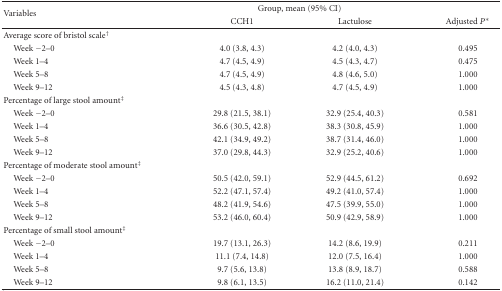
<table><thead><tr><td rowspan="2"><b>Variables</b></td><td colspan="2"><b>Group, mean (95% CI)</b></td><td>[EMPTY_CELL]</td></tr><tr><td><b>CCH1</b></td><td><b>Lactulose</b></td><td><b>Adjusted <i>P</i>*</b></td></tr></thead><tbody><tr><td>Average score of bristol scale<sup>†</sup></td><td>[EMPTY_CELL]</td><td>[EMPTY_CELL]</td><td>[EMPTY_CELL]</td></tr><tr><td> Week −2–0</td><td>4.0 (3.8, 4.3)</td><td>4.2 (4.0, 4.3)</td><td>0.495</td></tr><tr><td> Week 1–4</td><td>4.7 (4.5, 4.9)</td><td>4.5 (4.3, 4.7)</td><td>0.475</td></tr><tr><td> Week 5–8</td><td>4.7 (4.5, 4.9)</td><td>4.8 (4.6, 5.0)</td><td>1.000</td></tr><tr><td> Week 9–12</td><td>4.5 (4.3, 4.8)</td><td>4.7 (4.5, 4.9)</td><td>1.000</td></tr><tr><td>Percentage of large stool amount<sup>‡</sup></td><td>[EMPTY_CELL]</td><td>[EMPTY_CELL]</td><td>[EMPTY_CELL]</td></tr><tr><td> Week −2–0</td><td>29.8 (21.5, 38.1)</td><td>32.9 (25.4, 40.3)</td><td>0.581</td></tr><tr><td> Week 1–4</td><td>36.6 (30.5, 42.8)</td><td>38.3 (30.8, 45.9)</td><td>1.000</td></tr><tr><td> Week 5–8</td><td>42.1 (34.9, 49.2)</td><td>38.7 (31.4, 46.0)</td><td>1.000</td></tr><tr><td> Week 9–12</td><td>37.0 (29.8, 44.3)</td><td>32.9 (25.2, 40.6)</td><td>1.000</td></tr><tr><td>Percentage of moderate stool amount<sup>‡</sup></td><td>[EMPTY_CELL]</td><td>[EMPTY_CELL]</td><td>[EMPTY_CELL]</td></tr><tr><td> Week −2–0</td><td>50.5 (42.0, 59.1)</td><td>52.9 (44.5, 61.2)</td><td>0.692</td></tr><tr><td> Week 1–4</td><td>52.2 (47.1, 57.4)</td><td>49.2 (41.0, 57.4)</td><td>1.000</td></tr><tr><td> Week 5–8</td><td>48.2 (41.9, 54.6)</td><td>47.5 (39.9, 55.0)</td><td>1.000</td></tr><tr><td> Week 9–12</td><td>53.2 (46.0, 60.4)</td><td>50.9 (42.9, 58.9)</td><td>1.000</td></tr><tr><td>Percentage of small stool amount<sup>‡</sup></td><td>[EMPTY_CELL]</td><td>[EMPTY_CELL]</td><td>[EMPTY_CELL]</td></tr><tr><td> Week −2–0</td><td>19.7 (13.1, 26.3)</td><td>14.2 (8.6, 19.9)</td><td>0.211</td></tr><tr><td> Week 1–4</td><td>11.1 (7.4, 14.8)</td><td>12.0 (7.5, 16.4)</td><td>1.000</td></tr><tr><td> Week 5–8</td><td>9.7 (5.6, 13.8)</td><td>13.8 (8.9, 18.7)</td><td>0.588</td></tr><tr><td> Week 9–12</td><td>9.8 (6.1, 13.5)</td><td>16.2 (11.0, 21.4)</td><td>0.142</td></tr></tbody></table>